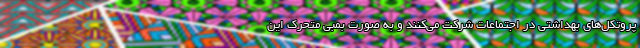
پروتکل‌های بهداشتی در اجتماعات شرکت می‌کنند و به صورت بمبی متحرک این